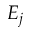
E _ { j }